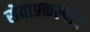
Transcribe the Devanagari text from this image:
सेवाप्रकल्पांत